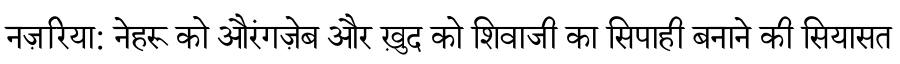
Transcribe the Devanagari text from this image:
नज़रिया: नेहरू को औरंगज़ेब और ख़ुद को शिवाजी का सिपाही बनाने की सियासत